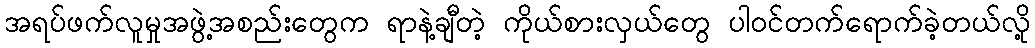
အရပ်ဖက်လူမှုအဖွဲ့အစည်းတွေက ရာနဲ့ချီတဲ့ ကိုယ်စားလှယ်တွေ ပါဝင်တက်ရောက်ခဲ့တယ်လို့